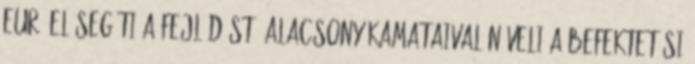
euró elősegíti a fejlődést, alacsony kamataival növeli a befektetési